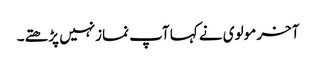
آخر مولوی نے کہا آپ نمازنہیں پڑھتے۔